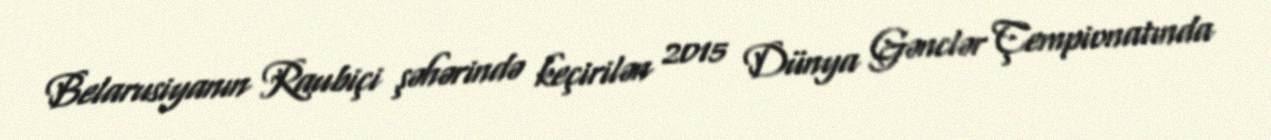
Belarusiyanın Raubiçi şəhərində keçirilən 2015 Dünya Gənclər Çempionatında